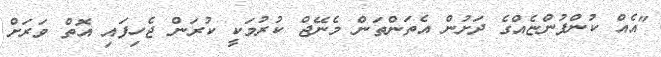
"އެއް ކުންފުންޏެއްގެ ދަށުން އެތަންތަން މެނޭޖް ކުރުމަކީ ކުރަން ޖެހިފައި އޮތް ވަރަށް